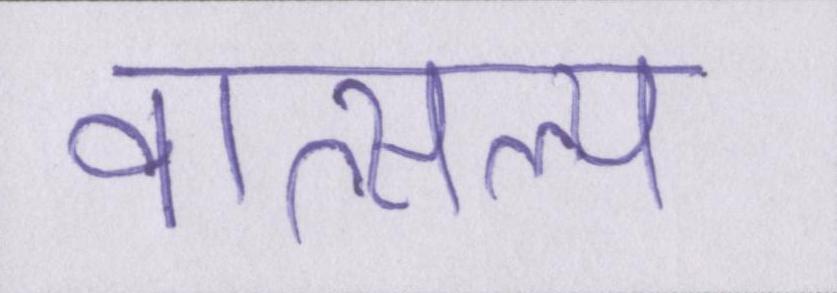
वात्सल्य